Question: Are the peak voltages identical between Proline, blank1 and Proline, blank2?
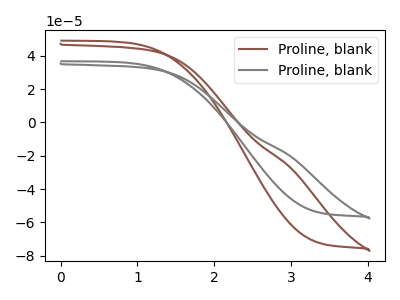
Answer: <think>The brown curve "Proline, blank1" has no peaks. The gray curve "Proline, blank2" has no peaks.</think>
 <answer>Niether CV has any peaks.</answer>
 <eval>blanks</eval>